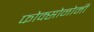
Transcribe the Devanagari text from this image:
फोक्सोनोमी